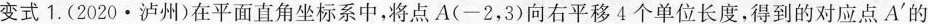
变式1.（2020·泸州）在平面直角坐标系中A'，讲点A(-2,3)向右平移4个单位长度，得到的对应点A^ { \prime }的